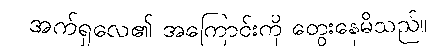
အက်ရှလေ၏ အကြောင်းကို တွေးနေမိသည်။